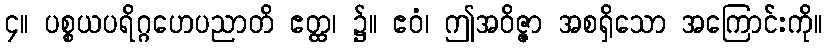
၄။ ပစ္စယပရိဂ္ဂဟေပညာတိ ဧတ္ထ၊ ၌။ ဧဝံ၊ ဤအဝိဇ္ဇာ အစရှိသော အကြောင်းကို။